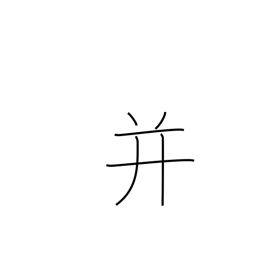
Meaning: put together